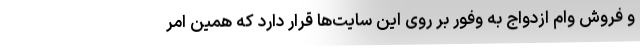
و فروش وام ازدواج به وفور بر روی این سایت‌ها قرار دارد که همین امر